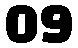
09